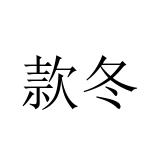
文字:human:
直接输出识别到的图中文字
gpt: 款冬